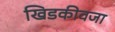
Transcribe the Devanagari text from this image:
खिडकीवजा